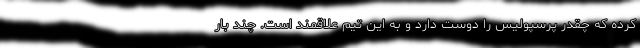
کرده که چقدر پرسپولیس را دوست دارد و به این تیم علاقمند است. چند بار